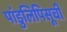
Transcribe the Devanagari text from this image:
पांडुलिपिसूची